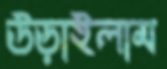
উড়াইলাম